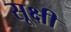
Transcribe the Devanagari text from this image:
सूक्षी